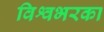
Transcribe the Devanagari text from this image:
विश्वभरका